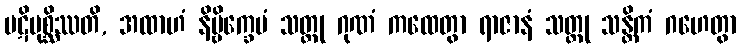
ပဋိပုစ္ဆိဿတိ, အထာဟံ နိဗ္ဗိက္ခေပံ သတ္ထု ဂုဏံ ကထေတွာ ရာဇာနံ သတ္ထု သန္တိကံ ဂဟေတွာ